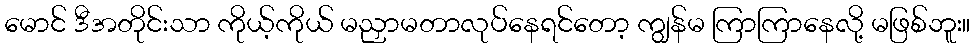
မောင် ဒီအတိုင်းသာ ကိုယ့်ကိုယ် မညှာမတာလုပ်နေရင်တော့ ကျွန်မ ကြာကြာနေလို့ မဖြစ်ဘူး။